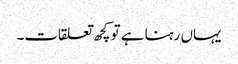
یہاں رہنا ہے تو کچھ تعلقات۔